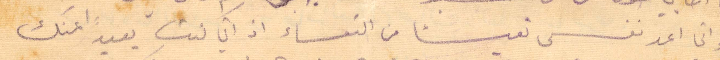
انا اعد نفسي تعيسًا من التعساء اذ اني كنت بعيدًا عنك